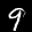
Label: 9